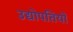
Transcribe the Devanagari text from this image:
उद्योपतियों